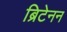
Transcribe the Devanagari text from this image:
ब्रिटेनन